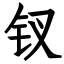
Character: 钗